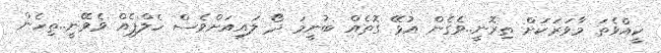
ކީއްވެތަ މާވަރަކަށް ތިރޮނީ..ވެގެން އުޅޭ ގޮތެއް ބުނީމަ ދޯ ލައިއަށްވެސް ހެލްޕެއް ވެވޭނީ..ތިހެން